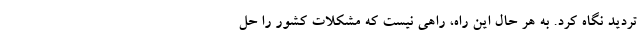
تردید نگاه کرد. به هر حال این راه، راهی نیست که مشکلات کشور را حل